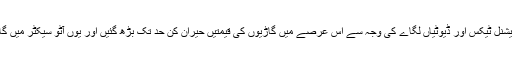
حکومت کی جانب سے دیگر ایڈیشنل ٹیکس اور ڈیوٹیاں لگاے کی وجہ سے اس عرصے میں گاڑیوں کی قیمتیں حیران کُن حد تک بڑھ گئیں اور یوں آٹو سیکٹر میں گاڑیوں کی فروخت کو زوال آ گیا۔